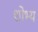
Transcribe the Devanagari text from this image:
शोभ्य